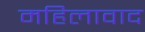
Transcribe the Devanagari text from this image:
महिलावाद